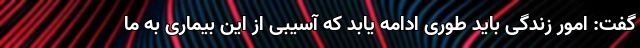
گفت: امور زندگی باید طوری ادامه یابد که آسیبی از این بیماری به ما